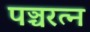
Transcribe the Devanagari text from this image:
पञ्चरत्न